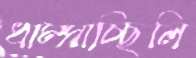
ধাম্‌সাচ্ছিলি